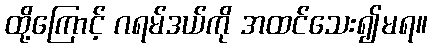
ထို့ကြောင့် ဂရမ်ဒယ်ကို အထင်သေး၍မရ။